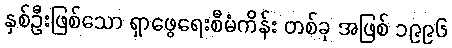
နှစ်ဦးဖြစ်သော ရှာဖွေရေးစီမံကိန်း တစ်ခု အဖြစ် ၁၉၉၆